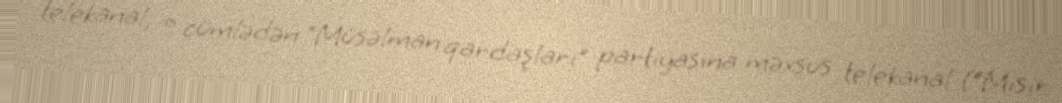
telekanal, o cümlədən “Müsəlman qardaşları” partiyasına məxsus telekanal (“Misir